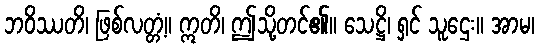
ဘဝိဿတိ၊ ဖြစ်လတ္တံ့။ ဣတိ၊ ဤသို့တင်၏။ သေဋ္ဌိ၊ ရှင် သူဌေး။ အာမ၊